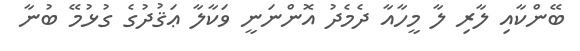
ބޭންކާއި ލާރި ލާ މީހާއާ ދެމެދު އޮންނަނީ ވަކާލާ ޢަޤުދުގެ ގުޅުމޭ ބުނާ